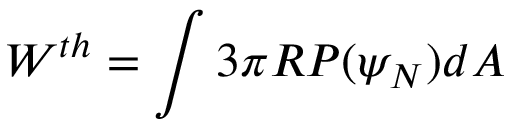
W ^ { t h } = \int 3 \pi R P ( \psi _ { N } ) d A \,